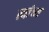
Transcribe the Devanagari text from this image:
त्यांच्य